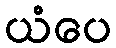
ယံပေ